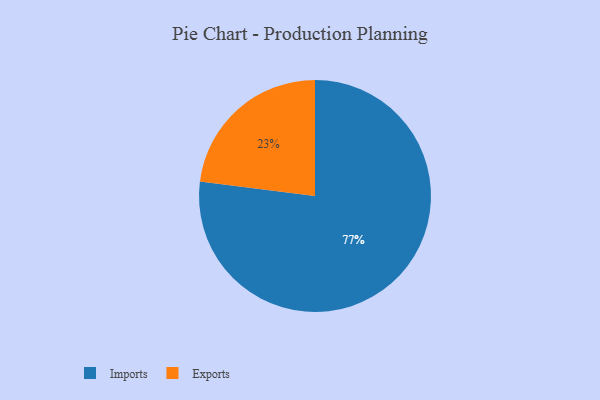
{"axis": {"x": "Category", "y": "Percentage"}, "legend": ["Exports", "Imports"], "data": [{"x": "Imports", "y": 77, "type": "Imports"}, {"x": "Exports", "y": 23, "type": "Exports"}]}